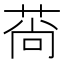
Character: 𦰱